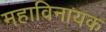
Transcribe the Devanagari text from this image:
महाविनायक